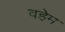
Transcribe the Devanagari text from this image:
वहेम